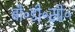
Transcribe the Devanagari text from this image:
बी॰डी॰सी॰